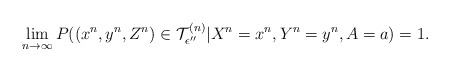
\begin{align*}\lim_{n\rightarrow \infty} P((x^n,y^n,Z^n)\in \mathcal{T}_{\epsilon''}^{(n)}|X^n=x^n, Y^n=y^n, A=a)=1.\end{align*}